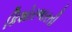
કિશોરભારતી